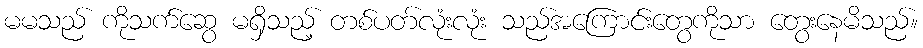
မမသည် ကိုသက်ဆွေ မရှိသည့် တစ်ပတ်လုံးလုံး သည်အကြောင်းတွေကိုသာ တွေးနေမိသည်။